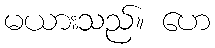
မယားသည်။ ဟေ